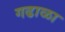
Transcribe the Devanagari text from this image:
गढाळा